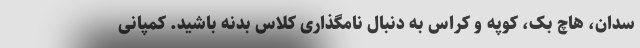
سدان، هاچ بک، کوپه و کراس به دنبال نامگذاری کلاس بدنه باشید. کمپانی